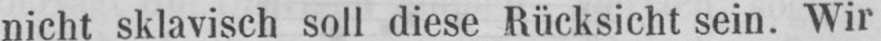
nicht sklavisch soll diese Rücksicht sein. Wir